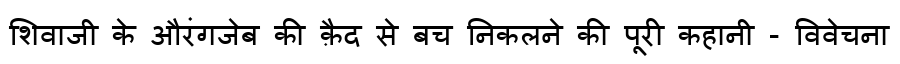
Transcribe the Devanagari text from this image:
शिवाजी के औरंगजेब की क़ैद से बच निकलने की पूरी कहानी - विवेचना